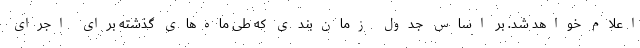
اعلام خواهد شد. بر اساس جدول زمان‌بندی که طی ماه‌های گذشته برای اجرای